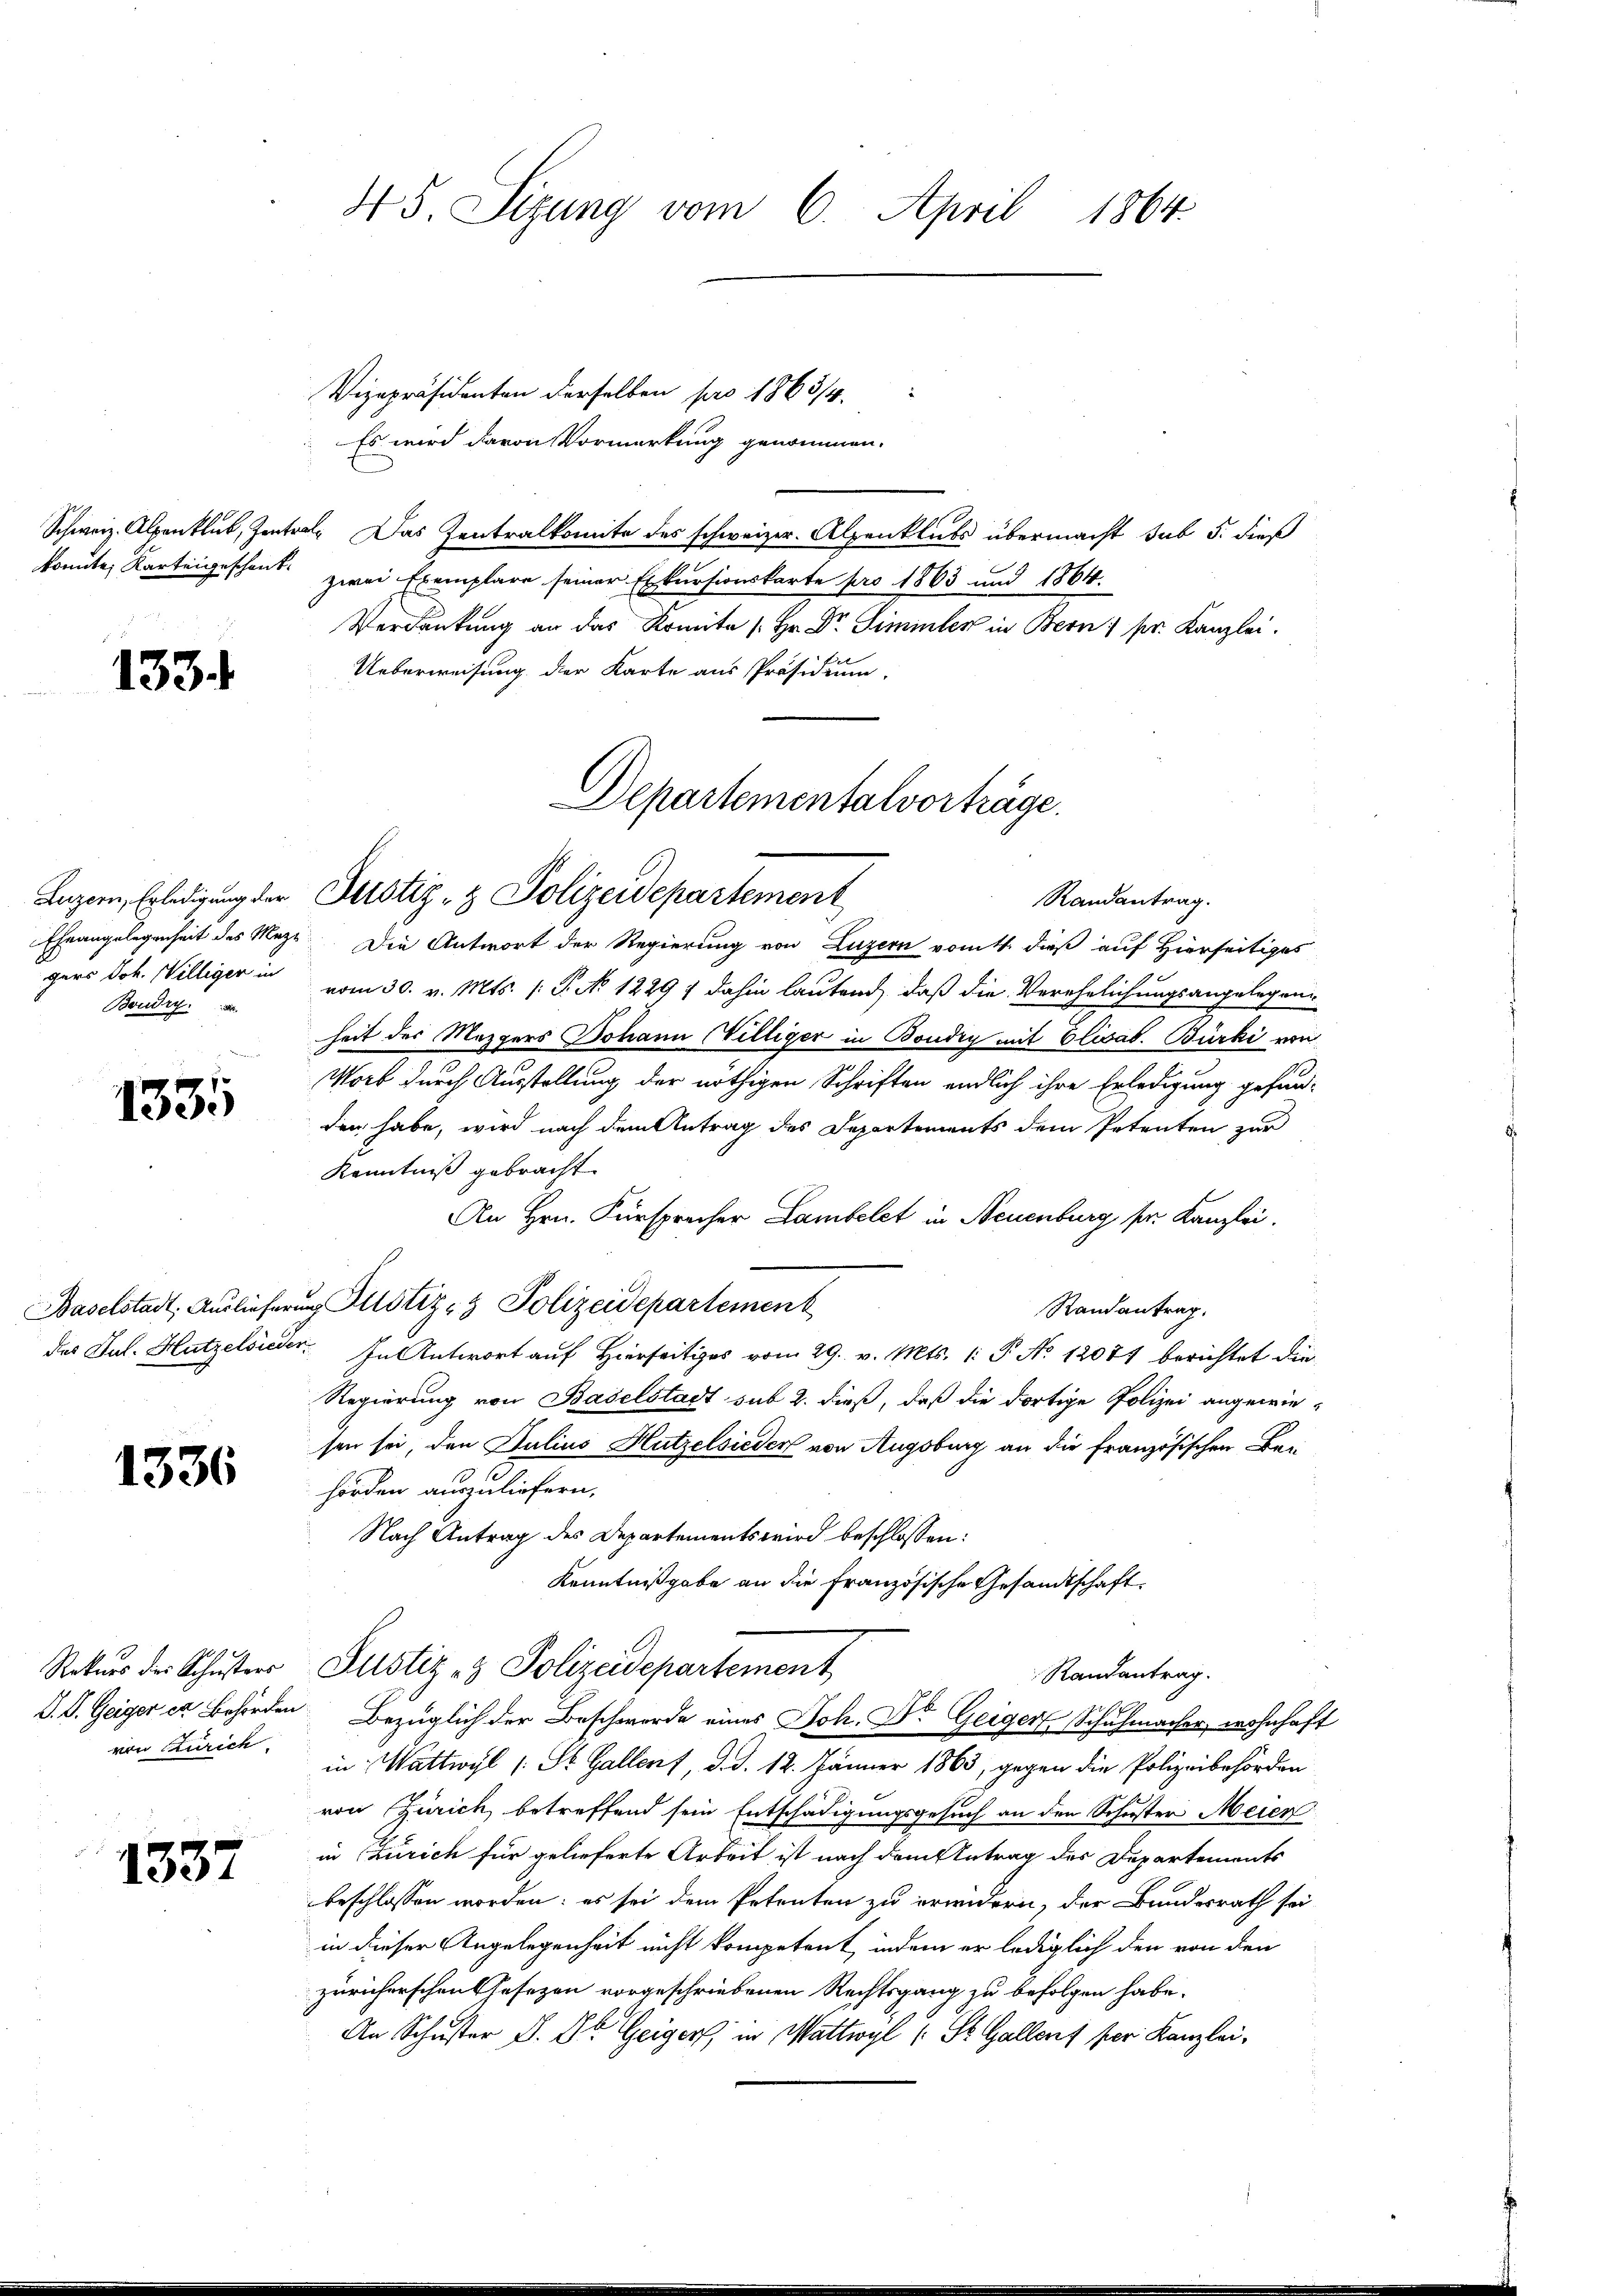
konnte, Karteigeschenk

Vizepräsidenten derselben pro 1863/4.
Es wird davon Vormerkung genommen.
Schweiz. Alpenklub, Zentral. Das Zentralkomite des schweizer. Alpenklubs übermacht sub 5. dieß
zwei Exemplare seiner Exkursionskarte pro 1863 und 1864.
Verdankung an das Komite (Hr. Dr. Simmler in Bern pr. Kanzlei.
Ueberweisung der Karte aus Präsidium.
Ehrangelegenheit des Meze. Die Antwort der Regierung von Luzern vom 4. dieß auf Hierseitiges
gers Joh. Williger in vom 30. v. Mts. (: P. No 1229 1 dahin lautend, daß die Verehelichungsangelegenheit der Mezgers Johann Villiger in Boudry mit Elisab. Bürki von
Worb durch Ausstellung der nöthigen Schriften endlich ihre Erledigung gefunden habe, wird nach dem Antrag des Departements dem Petenten zur
Kenntniß gebracht.
An Hrn. Fürsprecher Lambelet in Neuenburg sr. Kanzlei.
Baselstadt, Auslieferung Justiz- & Polizeidepartement
Randantrag.
des Jul. Hutzelsieder. In Antwort auf Hierseitiges vom 29. v. Mts. 1: P. No 12084 berichtet die
Regierung von Baselstadt sub 2. dieß, daß die dortige Polizei angewiesen sei, den Julius Hutzelsieder von Augsburg an die französischen Bei¬
1336
hörden auszuliefern.
Nach Antrag des Departements wird beschlossen:
Kenntnißgabe an die Französische Gesandtschaft
Rekŭrs der Schŭster Justiz & Polizeidepartement
Randantrag.
s
S. D. Geiger in Behörden Bezüglich der Beschwerde eines Joh. Dr. Geiger Schuhmacher, wohnhaft
von Zürich in Wattwyl (: St. Gallent, d. d. 12. Jänner 1863, gegen die Polizeibehörden
e
von Zürich, betreffend sein Entschädigungsgesuch an den Schuster Meien
in Zürich für gelieferte Arbeit ist nach dem Antrag des Departements
1337
beschlossen worden; es sei dem Petenten zu erindern, der Bundesrath sei
in dieser Angelegenheit nicht kompetent, indem er lediglich den von den
züricherschen Gesezen vorgeschriebenen Rechtsgang zu befolgen habe.
An Schuster L. Der Geiger, in Wattwyl (: St. Gallent per Kanzlei,

133.

Boudry.

1335

45. Sizung vom 6. April 1864.

Departementalvorträge.
Luzern, Erledigung der Justiz- & Polizeidepartement
Randantrag.